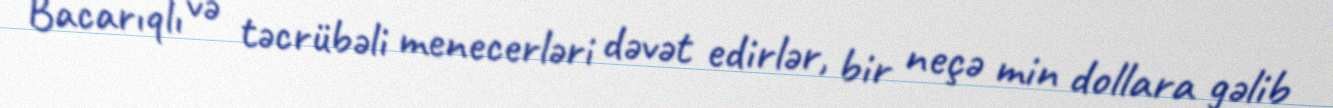
Bacarıqlı və təcrübəli menecerləri dəvət edirlər, bir neçə min dollara gəlib